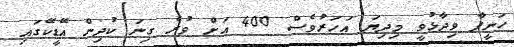
ހަނީފާ ވިދާޅުވީ މިދިޔަ އަހަރުވެސް 400 އަށް ވުރެ ގިނަ ކުދިން އޭޑީކޭގަައި